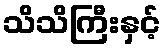
သိသိကြီးနှင့်